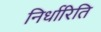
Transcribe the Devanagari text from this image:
निर्धारिति